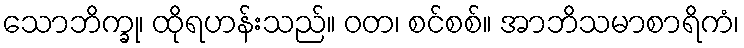
သောဘိက္ခု၊ ထိုရဟန်းသည်။ ဝတ၊ စင်စစ်။ အာဘိသမာစာရိကံ၊